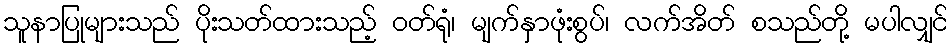
သူနာပြုများသည် ပိုးသတ်ထားသည့် ဝတ်ရုံ၊ မျက်နှာဖုံးစွပ်၊ လက်အိတ် စသည်တို့ မပါလျှင်